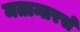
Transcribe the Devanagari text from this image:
मतान्तरसे